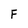
Character: F